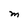
Character: M